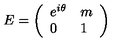
E = \left( \begin{array} { l l } { e ^ { i \theta } } & { m } \\ { 0 } & { 1 } \\ \end{array} \right)